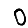
Digit: 0